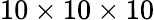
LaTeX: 10\times 10\times 10